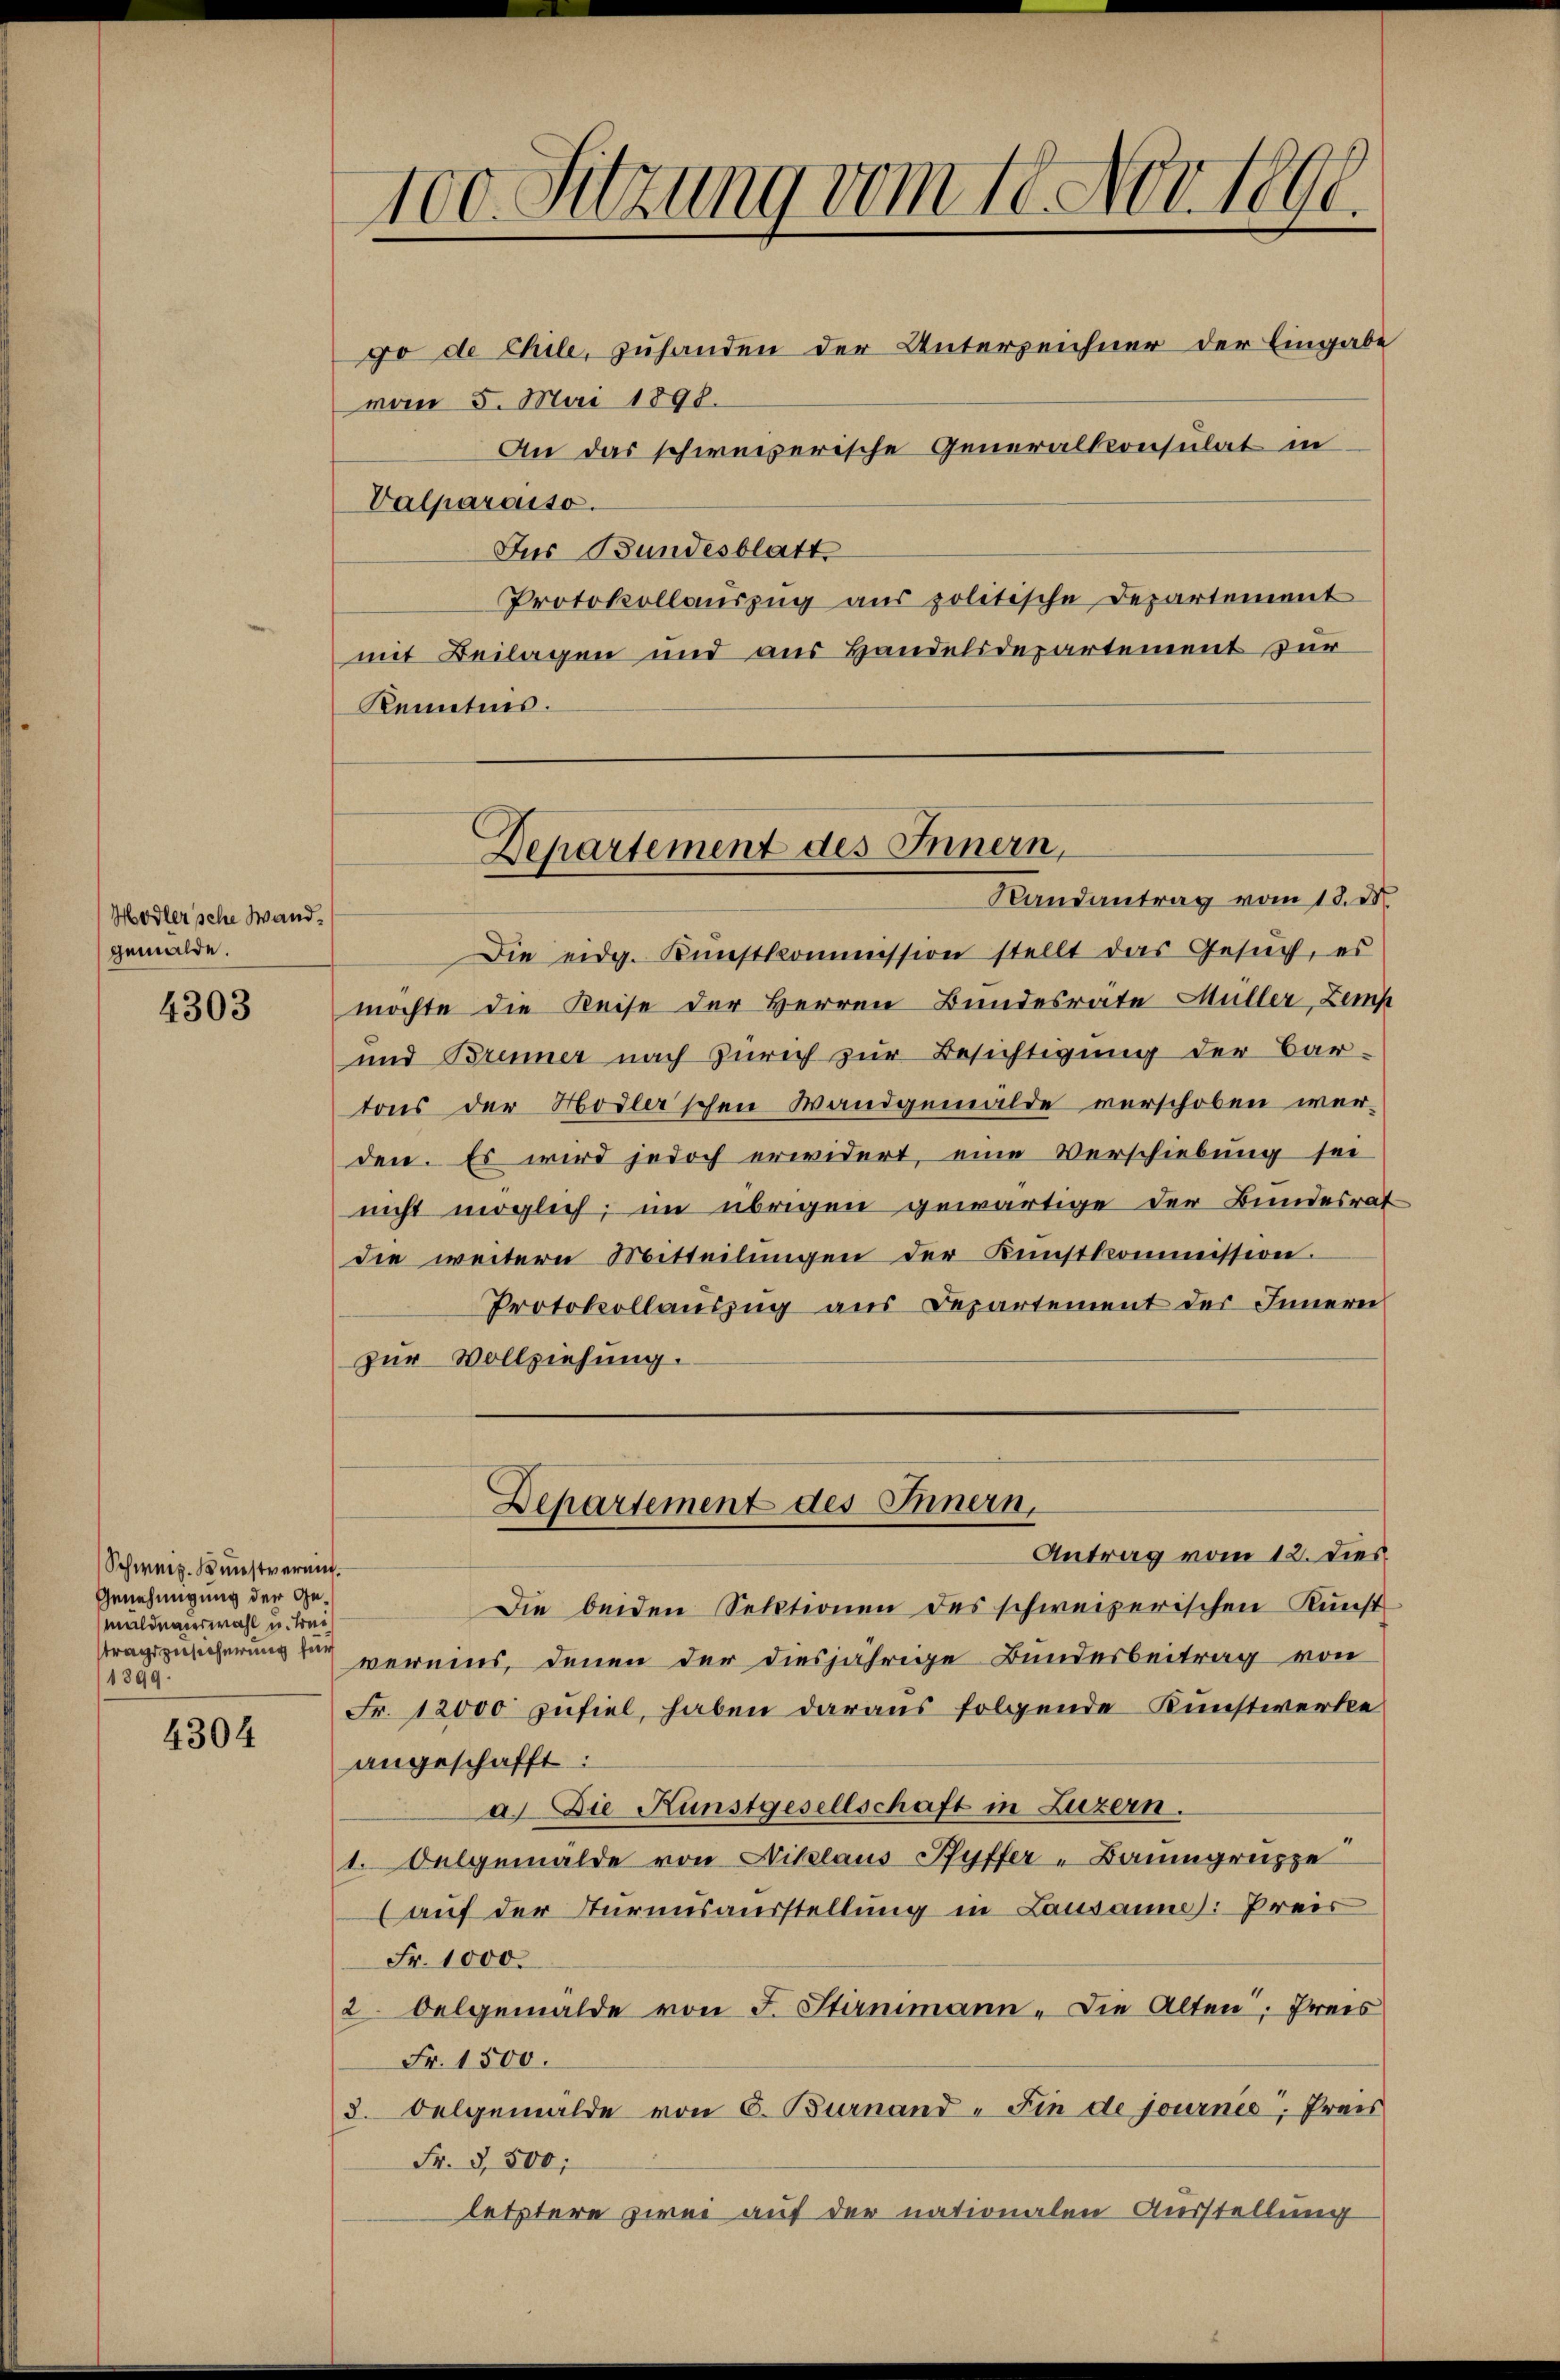
Hodler'sche Wandgemälde.

4303

Schweiz. Kunstverein.
Genehmigung der Gemäldenerwahl u. treitragszusicherung für
1399:

4304

100. Sitzung vom 18. Nov. 1890.

Departement des Innern,

go de Chile, zuhanden der Unterzeichner der Eingabe
mom 5. Mai 1898.
An das schweizerische Generalkonsulat in
Valparoiso.
Jus Bundesblatt
Protokollaŭszŭg aŭs politische Departement
mit Beilagen und aus Handelsdepartement zur
Kenntnis.

Departement des Innern,
Antrag vom 12. dies

Randantrag vom 18. d
Die eidg. Kŭnstkommission stellt das Gesŭch, es
möchte die Reise der Herren Bundesräte Müller, Zemp
und Brenner nach Zürich zur Besichtigung der Bar-
tons der Hodlerschen Wandgemälde verschoben wer-
den. Es wird jedoch erwidert, eine Verschiebung sei
nicht möglich, im übrigen gewärtige der Bundesrat
die weitere Mitteilŭngen der Künstkommission.
Protokollauszug aus Departement des Innern
zur Vollziehung.

Die beiden Sektionen des schweizerischen Kunst
vereins, denen der diesjährige Bundesbeitrag von
Fr. 12000 zufiel, haben daraus folgende Kunstwerke
angeschafft:
a. Die Kunstgesellschaft in Luzern.
1. Oelgemälde von Niklaus Pfyffer-Baumgruppe
(auf der Sturmsausstellung in Lausann: Preis
Fr. 1000.
2 Oelgemälde von F. Stammann - Die Alten, Preis
Fr. 1500.
3. Oelgemälde von 6. Burnand - Sie de journis, Preis
Fr. 3500.
letztere zwei auf der nationalen Ausstellung

e